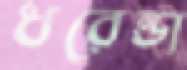
ধরেন্ডা